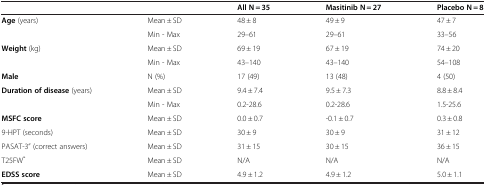
|  |  | All N = 35 | Masitinib N = 27 | Placebo N = 8 |
 | --- | --- | --- | --- | --- |
 | Age (years) | Mean ± SD | 48 ± 8 | 49 ± 9 | 47 ± 7 |
 |  | Min - Max | 29–61 | 29–61 | 33–56 |
 | Weight (kg) | Mean ± SD | 69 ± 19 | 67 ± 19 | 74 ± 20 |
 |  | Min - Max | 43–140 | 43–140 | 54–108 |
 | Male | N (%) | 17 (49) | 13 (48) | 4 (50) |
 | Duration of disease (years) | Mean ± SD | 9.4 ± 7.4 | 9.5 ± 7.3 | 8.8 ± 8.4 |
 |  | Min - Max | 0.2-28.6 | 0.2-28.6 | 1.5-25.6 |
 | MSFC score | Mean ± SD | 0.0 ± 0.7 | -0.1 ± 0.7 | 0.3 ± 0.8 |
 | 9-HPT (seconds) | Mean ± SD | 30 ± 9 | 30 ± 9 | 31 ± 12 |
 | PASAT-3” (correct answers) | Mean ± SD | 31 ± 15 | 30 ± 15 | 36 ± 15 |
 | T25FW* | Mean ± SD | N/A | N/A | N/A |
 | EDSS score | Mean ± SD | 4.9 ± 1.2 | 4.9 ± 1.2 | 5.0 ± 1.1 |